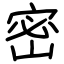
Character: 密